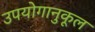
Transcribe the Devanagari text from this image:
उपयोगानुकूल